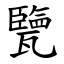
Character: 㽉